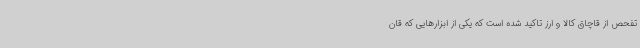
تفحص از قاچاق کالا و ارز تاکید شده است که یکی از ابزارهایی که قان